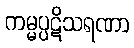
ကမ္မပ္ပဋိသရဏာ